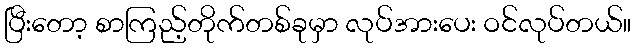
ပြီးတော့ စာကြည့်တိုက်တစ်ခုမှာ လုပ်အားပေး ဝင်လုပ်တယ်။